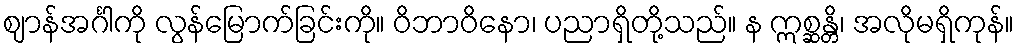
ဈာန်အင်္ဂါကို လွန်မြောက်ခြင်းကို။ ဝိဘာဝိနော၊ ပညာရှိတို့သည်။ န ဣစ္ဆန္တိ၊ အလိုမရှိကုန်။